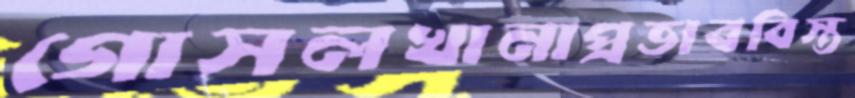
গোসলখানাপ্রভাববিস্ত